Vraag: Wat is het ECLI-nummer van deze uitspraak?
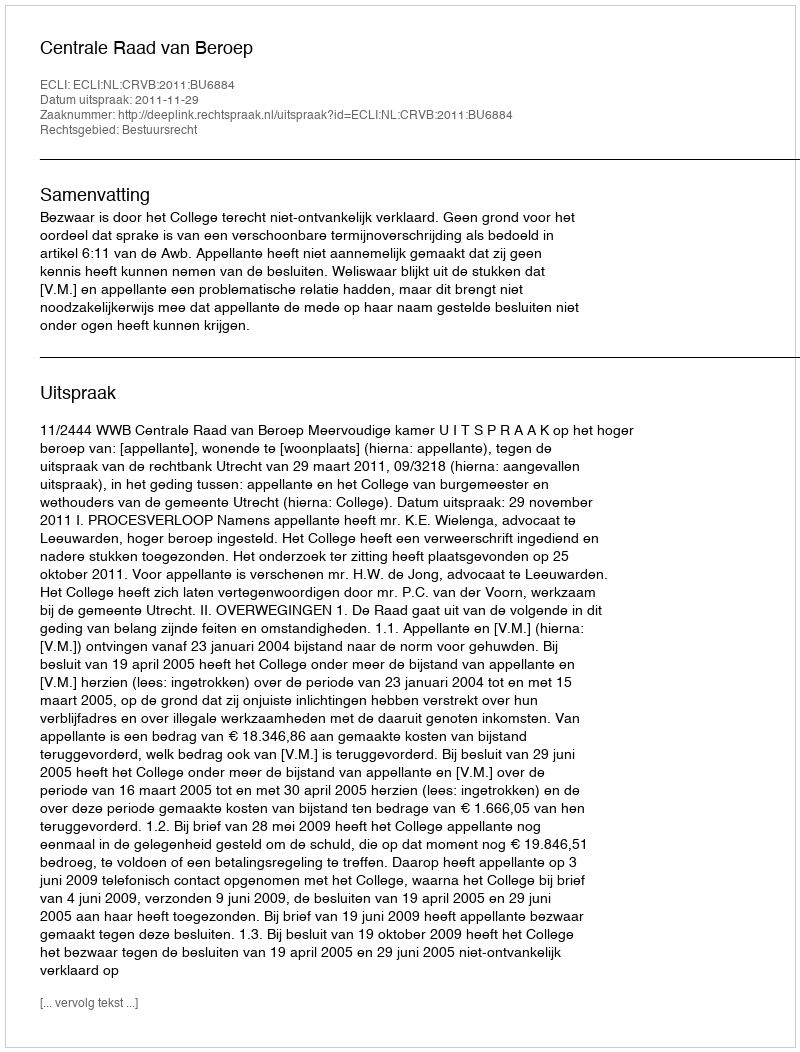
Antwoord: ECLI:NL:CRVB:2011:BU6884